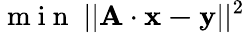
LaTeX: \mathrm{~m~i~n~}\; ||\mathbf{A\cdot x-y}||^{2}